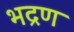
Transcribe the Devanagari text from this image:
भद्रण